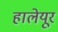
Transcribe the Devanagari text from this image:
हालेयूर